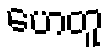
ဟေတူ